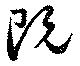
既